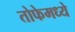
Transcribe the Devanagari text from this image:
तोफेमध्ये